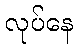
လုပ်နေ